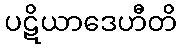
ပဋိယာဒေဟီတိ